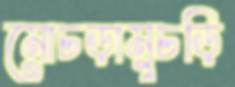
মোচড়ামুচড়ি